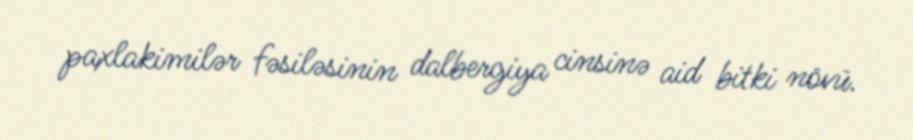
paxlakimilər fəsiləsinin dalbergiya cinsinə aid bitki növü.